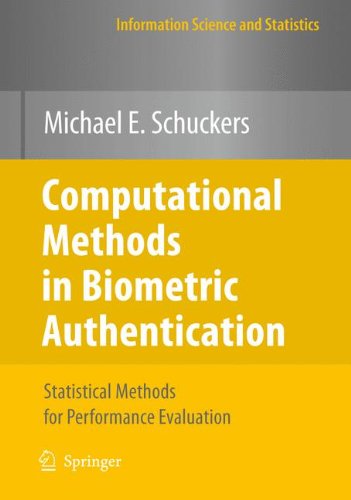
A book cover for Computational Methods in Biometric Authentication: Statistical Methods for Performance Evaluation (Information Science and Statistics); Michael E. Schuckers; Science & Math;